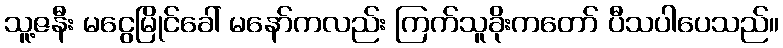
သူ့ဇနီး မငွေမြိုင်ခေါ် မနော်ကလည်း ကြက်သူခိုးကတော် ပီသပါပေသည်။